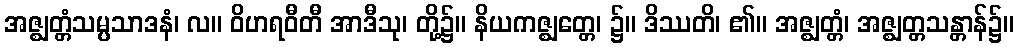
အဇ္ဈတ္တံသမ္ပသာဒနံ၊ လ။ ဝိဟရဝီတီ အာဒီသု၊ တို့၌။ နိယကဇ္ဈတ္တေ၊ ၌။ ဒိဿတိ၊ ၏။ အဇ္ဈတ္တံ၊ အဇ္ဈတ္တသန္တာန်၌။